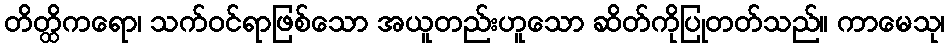
တိတ္ထိကရော၊ သက်ဝင်ရာဖြစ်သော အယူတည်းဟူသော ဆိတ်ကိုပြုတတ်သည်။ ကာမေသု၊